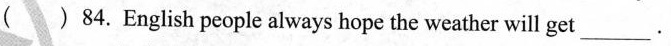
( ) 84.English people always hope the weather will get_____